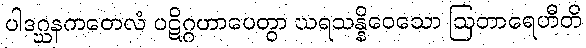
ပါဒဂ္ဃနကတေလံ ပဋိဂ္ဂဟာပေတွာ ဃရသန္နိဝေသော ဩတာရေဟီတိ